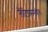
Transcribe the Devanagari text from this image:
लॅटियममधील